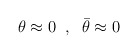
\begin{align*}\theta \approx 0\;\;,\;\;\bar \theta \approx 0\end{align*}